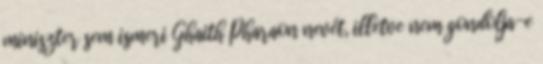
miniszter sem ismeri Ghaith Pharaon nevét, illetve nem gondolja-e